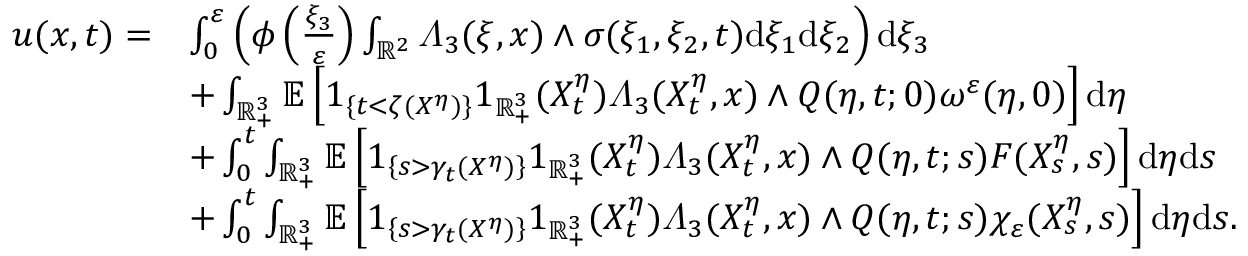
\begin{array} { r l } { u ( x , t ) = } & { \int _ { 0 } ^ { \varepsilon } \left( \phi \left( \frac { \xi _ { 3 } } { \varepsilon } \right) \int _ { \mathbb { R } ^ { 2 } } \varLambda _ { 3 } ( \xi , x ) \wedge \sigma ( \xi _ { 1 } , \xi _ { 2 } , t ) \mathrm { d } \xi _ { 1 } \mathrm { d } \xi _ { 2 } \right) \mathrm { d } \xi _ { 3 } } \\ & { + \int _ { \mathbb { R } _ { + } ^ { 3 } } \mathbb { E } \left[ 1 _ { \{ t < \zeta ( X ^ { \eta } ) \} } 1 _ { \mathbb { R } _ { + } ^ { 3 } } ( X _ { t } ^ { \eta } ) \varLambda _ { 3 } ( X _ { t } ^ { \eta } , x ) \wedge Q ( \eta , t ; 0 ) \omega ^ { \varepsilon } ( \eta , 0 ) \right] \mathrm { d } \eta } \\ & { + \int _ { 0 } ^ { t } \int _ { \mathbb { R } _ { + } ^ { 3 } } \mathbb { E } \left[ 1 _ { \left\{ s > \gamma _ { t } ( X ^ { \eta } ) \right\} } 1 _ { \mathbb { R } _ { + } ^ { 3 } } ( X _ { t } ^ { \eta } ) \varLambda _ { 3 } ( X _ { t } ^ { \eta } , x ) \wedge Q ( \eta , t ; s ) F ( X _ { s } ^ { \eta } , s ) \right] \mathrm { d } \eta \mathrm { d } s } \\ & { + \int _ { 0 } ^ { t } \int _ { \mathbb { R } _ { + } ^ { 3 } } \mathbb { E } \left[ 1 _ { \left\{ s > \gamma _ { t } ( X ^ { \eta } ) \right\} } 1 _ { \mathbb { R } _ { + } ^ { 3 } } ( X _ { t } ^ { \eta } ) \varLambda _ { 3 } ( X _ { t } ^ { \eta } , x ) \wedge Q ( \eta , t ; s ) \chi _ { \varepsilon } ( X _ { s } ^ { \eta } , s ) \right] \mathrm { d } \eta \mathrm { d } s . } \end{array}